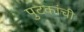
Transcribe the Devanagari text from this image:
पुटकांची